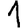
Digit: 1